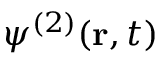
\psi ^ { ( 2 ) } ( \mathbf { r } , t )